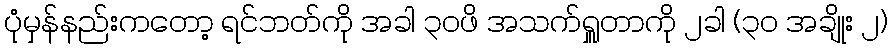
ပုံမှန်နည်းကတော့ ရင်ဘတ်ကို အခါ ၃၀ဖိ အသက်ရှူတာကို ၂ခါ (၃၀ အချိုး ၂)